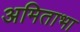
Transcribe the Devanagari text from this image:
अमिताभा